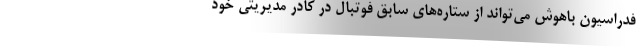
فدراسیون باهوش می‌تواند از ستاره‌های سابق فوتبال در کادر مدیریتی خود